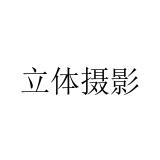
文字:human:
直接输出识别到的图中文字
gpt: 立体摄影